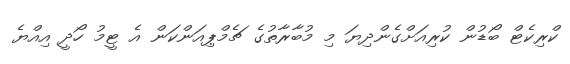
ކްރިކެޓް ބޯޑުން ކުރިއަށްގެންދިޔަ މި މުބާރާތުގެ ޗެމްޕިއަންކަން އެ ޓީމު ހޯދީ އިއްޔެ